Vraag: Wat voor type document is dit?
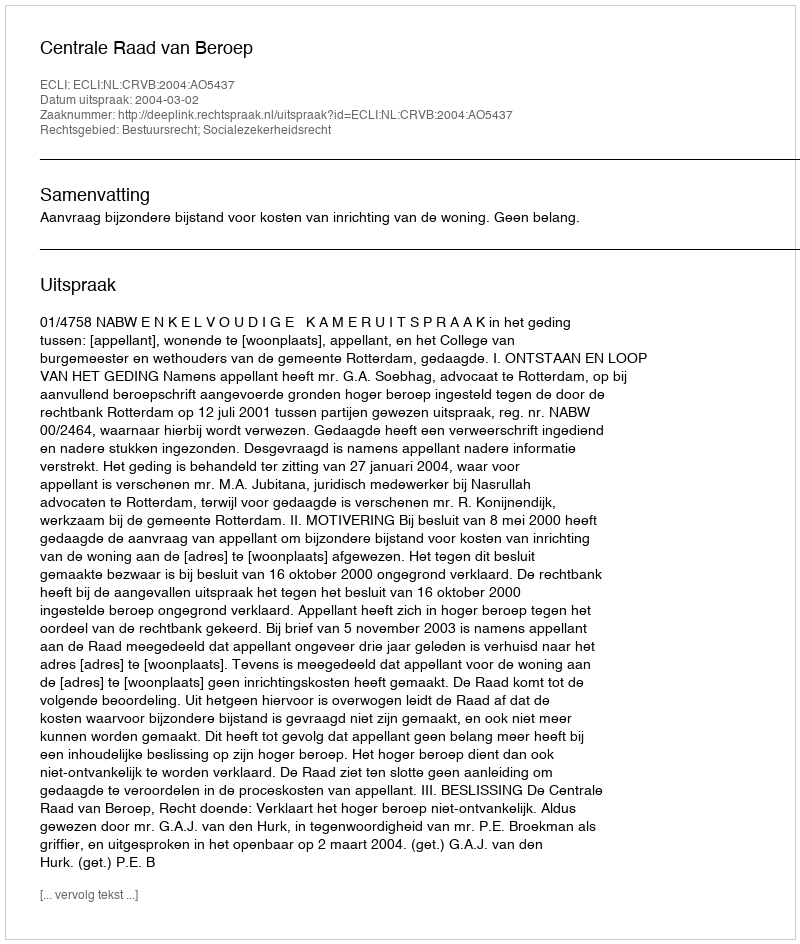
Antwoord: Uitspraak